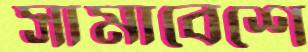
সামাবেশে